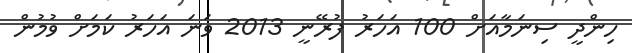
ހިންދީ ސިނަމާއަށް 100 އަހަރު ފުރޭނީ 2013 ވަނަ އަހަރު ކަމަށް ވުމުން